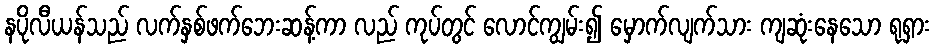
နပိုလီယန်သည် လက်နှစ်ဖက်ဘေးဆန့်ကာ လည် ကုပ်တွင် လောင်ကျွမ်း၍ မှောက်လျက်သား ကျဆုံးနေသော ရုရှား